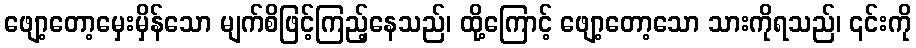
ဖျော့တော့မှေးမှိန်သော မျက်စိဖြင့်ကြည့်နေသည်၊ ထို့ကြောင့် ဖျော့တော့သော သားကိုရသည်၊ ၎င်းကို